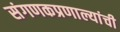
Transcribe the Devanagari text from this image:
संगणकप्रणाल्यांची